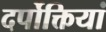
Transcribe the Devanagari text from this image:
दर्पोक्तियां